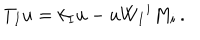
T _ { I } u = k _ { I } u - u W _ { I } { } ^ { i } M _ { i } \, .